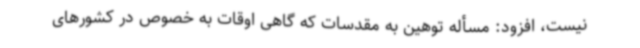
نیست، افزود: مسأله توهین به مقدسات که گاهی اوقات به خصوص در کشورهای